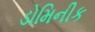
ડોમિનીક